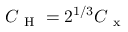
C _ { \mathrm { ~ H ~ } } = 2 ^ { 1 / 3 } C _ { \mathrm { ~ x ~ } }